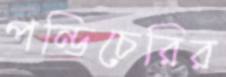
পন্ডিচেরির